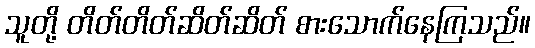
သူတို့ တိတ်တိတ်ဆိတ်ဆိတ် စားသောက်နေကြသည်။